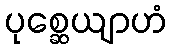
ပုစ္ဆေယျာဟံ